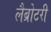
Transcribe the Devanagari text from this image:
लैब्रोटरी